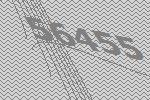
56455